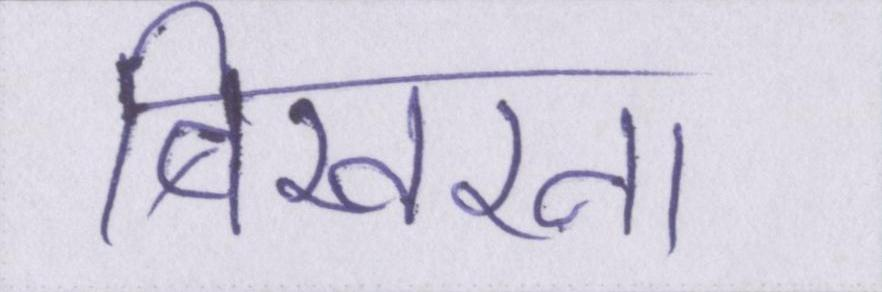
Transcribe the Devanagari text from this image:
बिखरना